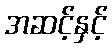
အဆင့်နှင့်